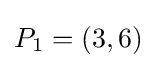
P_{1}=(3,6)